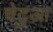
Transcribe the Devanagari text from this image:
चेटुआ